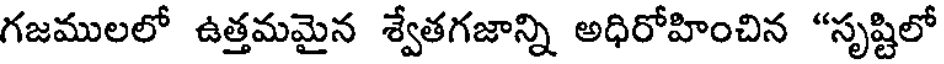
గజములలో ఉత్తమమైన శ్వేతగజాన్ని అధిరోహించిన "సృష్టిలో